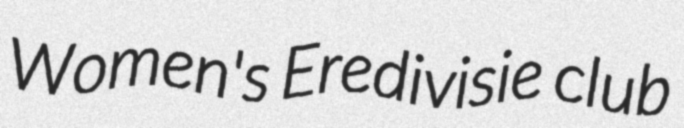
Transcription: Women's Eredivisie club